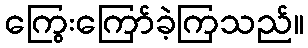
ကြွေးကြော်ခဲ့ကြသည်။